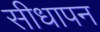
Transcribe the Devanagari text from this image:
सीधापन